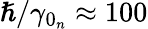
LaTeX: \hslash/\gamma_{0_{n}}\approx 100